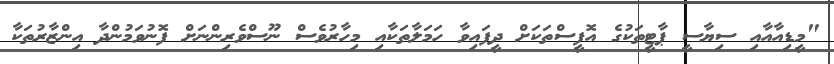
"މީޑިއާއާއި ސިޔާސީ ޕާޓީތަކުގެ އޮފީސްތަކަށް ދީފައިވާ ހަމަލާތަކާއި މިހާރުވެސް ނޫސްވެރިންނަށް ފޮނުވަމުންދާ އިންޒާރުތަކާ